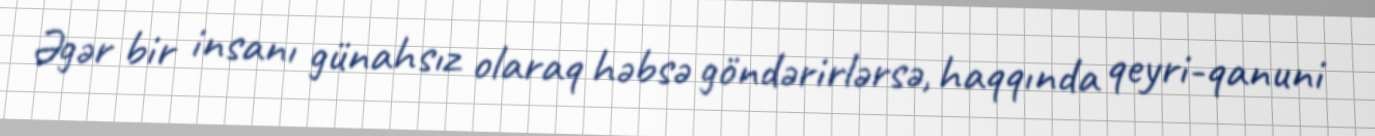
Əgər bir insanı günahsız olaraq həbsə göndərirlərsə, haqqında qeyri-qanuni